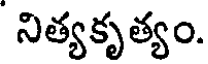
నిత్యకృత్యం.